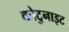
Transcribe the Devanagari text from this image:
कोटुनाइट